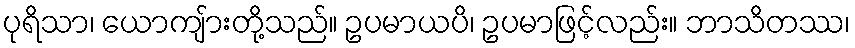
ပုရိသာ၊ ယောကျ်ားတို့သည်။ ဥပမာယပိ၊ ဥပမာဖြင့်လည်း။ ဘာသိတဿ၊